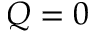
Q = 0